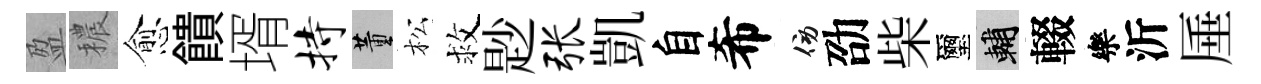
盈穠愈饋壻持董松救尟张凱自希傍劭柴璽輔輟樂沂厜